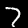
Digit: 7